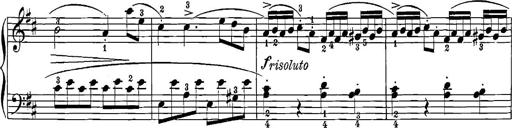
Title: 12 Sonatinas
Composer: Ignaz Pleyel